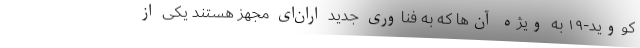
کووید-۱۹ به ویژه آن‌ها که به فناوری جدید اران‌ای مجهز هستند یکی از